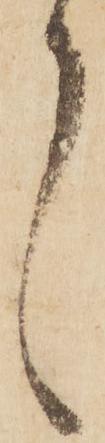
言